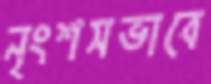
নৃংশসভাবে